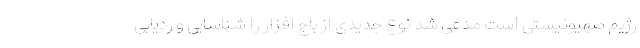
رژیم صهیونیستی است مدعی شد نوع جدیدی از باج افزار را شناسایی و ردیابی